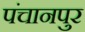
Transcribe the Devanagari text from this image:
पंचानपुर